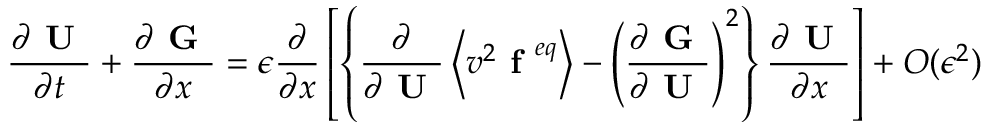
\frac { \partial \textbf { U } } { \partial t } + \frac { \partial \textbf { G } } { \partial x } = \epsilon \frac { \partial } { \partial x } \left[ \left\{ \frac { \partial } { \partial \textbf { U } } \left\langle v ^ { 2 } \textbf { f } ^ { e q } \right\rangle - \left( \frac { \partial \textbf { G } } { \partial \textbf { U } } \right) ^ { 2 } \right\} \frac { \partial \textbf { U } } { \partial x } \right] + O ( \epsilon ^ { 2 } )